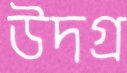
উদগ্র